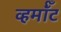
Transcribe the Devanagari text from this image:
व्हर्मॉँट